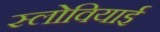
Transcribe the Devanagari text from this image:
स्लोवियाई